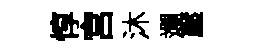
惇宫沐斕壓